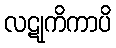
လဋုကိကာပိ